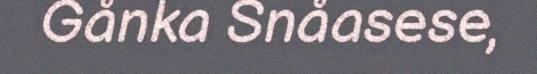
Gånka Snåasese,